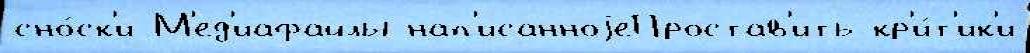
сно́ск'и М'ед'иафайлы нап'исанноjеПростав'ить кр'и́т'ик'и